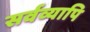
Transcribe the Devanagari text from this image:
सर्वव्यापि